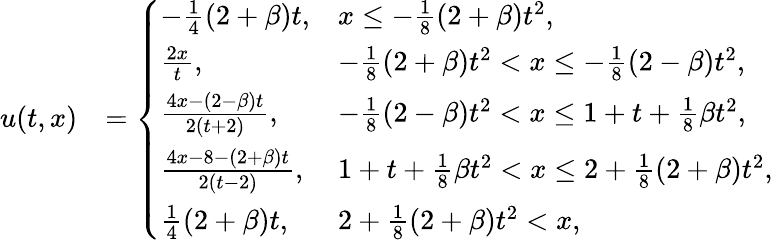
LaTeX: \begin{array}{rl}{u(t,x)}&{=\left\{ \begin{array}{ll}{-\frac{1}{4}\left(2+\beta\right)t,}&{x\leq-\frac{1}{8}\left(2+\beta\right)t^{2},}\\ {\frac{2x}{t},}&{-\frac{1}{8}\left(2+\beta\right)t^{2}<x\leq-\frac{1}{8}\left(2-\beta\right)t^{2},}\\ {\frac{4x-\left(2-\beta\right)t}{2\left(t+2\right)},}&{-\frac{1}{8}\left(2-\beta\right)t^{2}<x\leq 1+t+\frac 18\beta t^{2},}\\ {\frac{4x-8-(2+\beta)t}{2(t-2)},}&{1+t+\frac 18\beta t^{2}<x\leq 2+\frac 18\left(2+\beta\right)t^{2},}\\ {\frac{1}{4}(2+\beta)t,}&{2+\frac{1}{8}\left(2+\beta\right)t^{2}<x,}\end{array}\right.}\end{array}